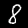
Label: 8